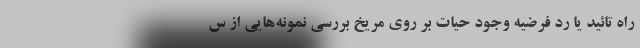
راه تائید یا رد فرضیه وجود حیات بر روی مریخ بررسی نمونه‌هایی از س